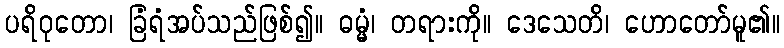
ပရိဝုတော၊ ခြံရံအပ်သည်ဖြစ်၍။ ဓမ္မံ၊ တရားကို။ ဒေသေတိ၊ ဟောတော်မူ၏။